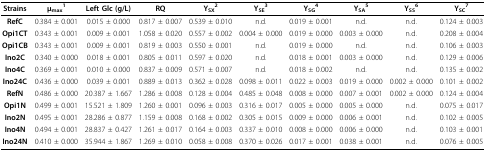
<table><thead><tr><td><b>Strains</b></td><td><b>μ<sub>max</sub><sup>1</sup></b></td><td><b>Left Glc (g/L)</b></td><td><b>RQ</b></td><td><b>Y<sub>SX</sub><sup>2</sup></b></td><td><b>Y<sub>SE</sub><sup>3</sup></b></td><td><b>Y<sub>SG</sub><sup>4</sup></b></td><td><b>Y<sub>SA</sub><sup>5</sup></b></td><td><b>Y<sub>SS</sub><sup>6</sup></b></td><td><b>Y<sub>SC</sub><sup>7</sup></b></td></tr></thead><tbody><tr><td><b>RefC</b></td><td>0.384 ± 0.001</td><td>0.015 ± 0.000</td><td>0.817 ± 0.007</td><td>0.539 ± 0.010</td><td>n.d.</td><td>0.019 ± 0.001</td><td>n.d.</td><td>n.d.</td><td>0.124 ± 0.003</td></tr><tr><td><b>Opi1CT</b></td><td>0.343 ± 0.001</td><td>0.009 ± 0.001</td><td>1.058 ± 0.020</td><td>0.557 ± 0.002</td><td>0.004 ± 0.000</td><td>0.019 ± 0.000</td><td>0.003 ± 0.000</td><td>n.d.</td><td>0.208 ± 0.004</td></tr><tr><td><b>Opi1CB</b></td><td>0.343 ± 0.001</td><td>0.009 ± 0.001</td><td>0.819 ± 0.003</td><td>0.550 ± 0.001</td><td>n.d.</td><td>0.019 ± 0.000</td><td>n.d.</td><td>n.d.</td><td>0.106 ± 0.003</td></tr><tr><td><b>Ino2C</b></td><td>0.340 ± 0.000</td><td>0.018 ± 0.001</td><td>0.805 ± 0.011</td><td>0.597 ± 0.020</td><td>n.d.</td><td>0.018 ± 0.001</td><td>0.003 ± 0.000</td><td>n.d.</td><td>0.129 ± 0.006</td></tr><tr><td><b>Ino4C</b></td><td>0.369 ± 0.001</td><td>0.010 ± 0.000</td><td>0.837 ± 0.009</td><td>0.571 ± 0.007</td><td>n.d.</td><td>0.018 ± 0.002</td><td>n.d.</td><td>n.d.</td><td>0.135 ± 0.002</td></tr><tr><td><b>Ino24C</b></td><td>0.436 ± 0.000</td><td>0.039 ± 0.001</td><td>0.889 ± 0.013</td><td>0.362 ± 0.028</td><td>0.098 ± 0.011</td><td>0.022 ± 0.003</td><td>0.019 ± 0.000</td><td>0.002 ± 0.000</td><td>0.101 ± 0.002</td></tr><tr><td><b>RefN</b></td><td>0.486 ± 0.000</td><td>20.387 ± 1.667</td><td>1.286 ± 0.008</td><td>0.128 ± 0.004</td><td>0.485 ± 0.048</td><td>0.008 ± 0.000</td><td>0.007 ± 0.001</td><td>0.002 ± 0.000</td><td>0.124 ± 0.004</td></tr><tr><td><b>Opi1N</b></td><td>0.499 ± 0.001</td><td>15.521 ± 1.809</td><td>1.260 ± 0.001</td><td>0.096 ± 0.003</td><td>0.316 ± 0.017</td><td>0.005 ± 0.000</td><td>0.005 ± 0.000</td><td>n.d.</td><td>0.075 ± 0.017</td></tr><tr><td><b>Ino2N</b></td><td>0.495 ± 0.001</td><td>28.286 ± 0.877</td><td>1.159 ± 0.008</td><td>0.168 ± 0.002</td><td>0.305 ± 0.015</td><td>0.009 ± 0.000</td><td>0.006 ± 0.001</td><td>n.d.</td><td>0.102 ± 0.005</td></tr><tr><td><b>Ino4N</b></td><td>0.494 ± 0.001</td><td>28.837 ± 0.427</td><td>1.261 ± 0.017</td><td>0.164 ± 0.003</td><td>0.337 ± 0.010</td><td>0.008 ± 0.000</td><td>0.006 ± 0.000</td><td>n.d.</td><td>0.103 ± 0.001</td></tr><tr><td><b>Ino24N</b></td><td>0.410 ± 0.000</td><td>35.944 ± 1.867</td><td>1.269 ± 0.010</td><td>0.058 ± 0.008</td><td>0.370 ± 0.026</td><td>0.017 ± 0.001</td><td>0.038 ± 0.001</td><td>n.d.</td><td>0.076 ± 0.005</td></tr></tbody></table>